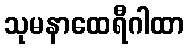
သုမနာထေရီဂါထာ